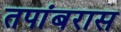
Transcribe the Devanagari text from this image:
तपांबरास